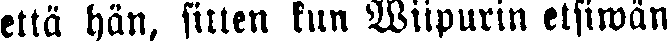
että hän, sitten kun Viipurin etsiwän